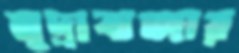
মুদ্রাবাজার